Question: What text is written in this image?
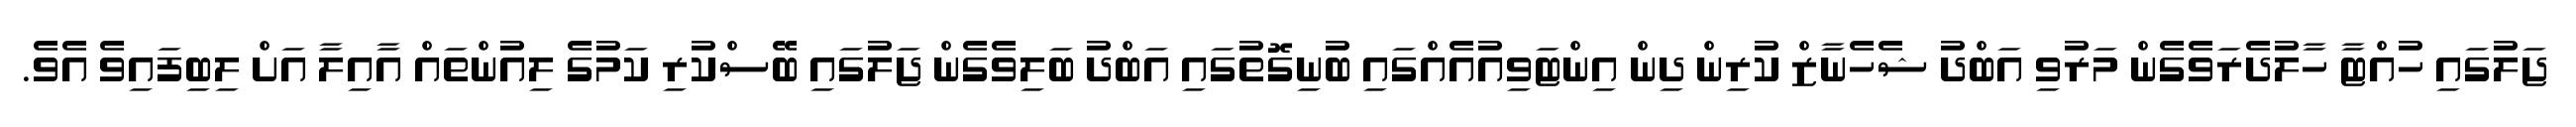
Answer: ޖަލުގައި ހުއްޓާ ހާލުދެރަވެގެން މަރުވި އަބްދު ޝެހެނާޒް ކުރިން ދިން އިންޓަވިއުއެއްގައި ބުނިގޮތުގައި އަބްދު ބަލިވެގެން ޖަލުގައި ބޭސްކުރި ކަމުގެ ލިއުންތައް އާއިލާ އަށް ލިބިފައިވެ އެވެ.